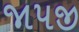
જાપજી